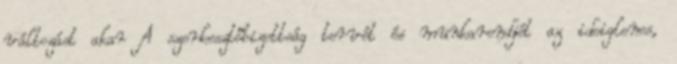
változást akar A szerkesztőbizottság tervét és munkarendjét az ideiglenes,